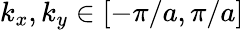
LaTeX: k_{x},k_{y}\in[-\pi/a,\pi/a]